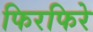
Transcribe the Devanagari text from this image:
फिरफिरे